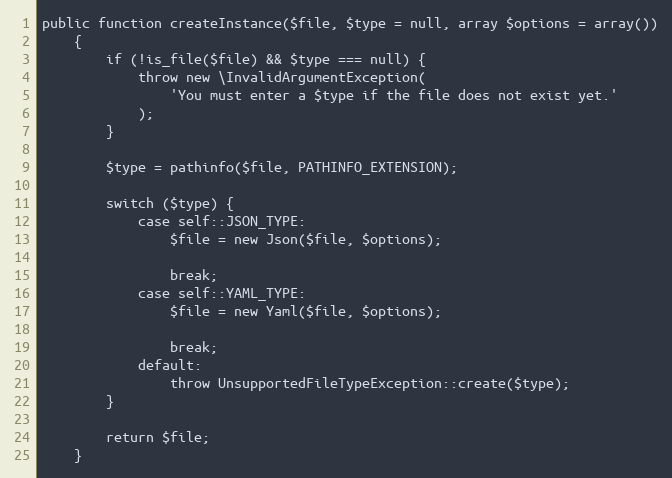
Language: PHP
public function createInstance($file, $type = null, array $options = array())
    {
        if (!is_file($file) && $type === null) {
            throw new \InvalidArgumentException(
                'You must enter a $type if the file does not exist yet.'
            );
        }

        $type = pathinfo($file, PATHINFO_EXTENSION);

        switch ($type) {
            case self::JSON_TYPE:
                $file = new Json($file, $options);

                break;
            case self::YAML_TYPE:
                $file = new Yaml($file, $options);

                break;
            default:
                throw UnsupportedFileTypeException::create($type);
        }

        return $file;
    }